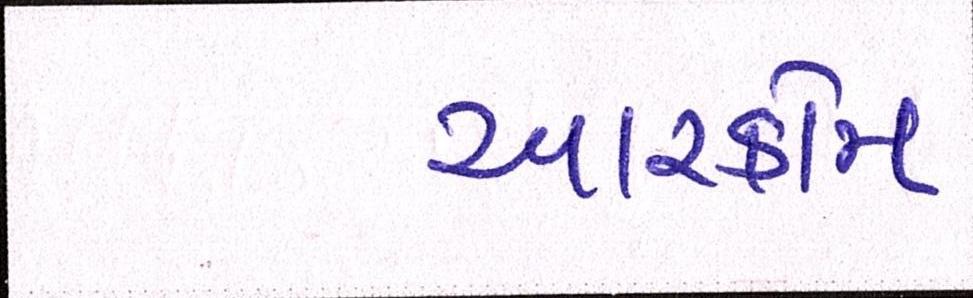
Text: આરકોમ